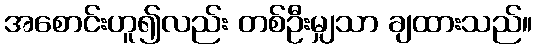
အစောင်းဟူ၍လည်း တစ်ဦးမျှသာ ချထားသည်။